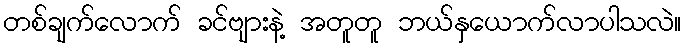
တစ်ချက်လောက် ခင်ဗျားနဲ့ အတူတူ ဘယ်နှယောက်လာပါသလဲ။